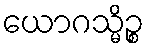
ယောဂသ္မိဉ္စ